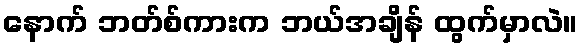
နောက် ဘတ်စ်ကားက ဘယ်အချိန် ထွက်မှာလဲ။